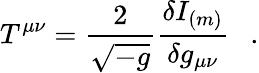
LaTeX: T^{\mu\nu}={\frac{2}{\sqrt{-g}}}{\frac{\delta I_{(m)}}{\delta g_{\mu\nu}}}~~~.